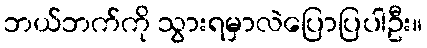
ဘယ်ဘက်ကို သွားရမှာလဲပြောပြပါဦး။